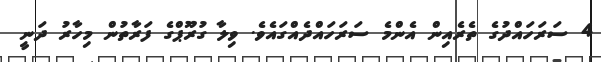
4 ސަރަހައްދުގެ ތެރެއިން އެންމެ ސަރަހައްދެއްގައެވެ. ވިލާ ގުރޫޕްގެ ފަރާތުން މިހާރު ދަނީ